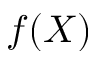
f ( X )